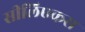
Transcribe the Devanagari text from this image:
सीलिएकस